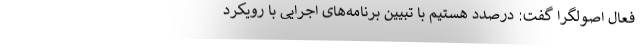
فعال اصولگرا گفت: درصدد هستیم با تبیین برنامه‌های اجرایی با رویکرد